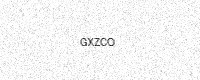
Text: GXZCO